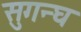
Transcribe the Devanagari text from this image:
सुगन्घ